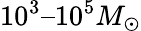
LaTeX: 10^{3}–10^{5}M_{\odot}